Scientific memoirs by medical officers of the Army of India - Part XII,
Year: 1901
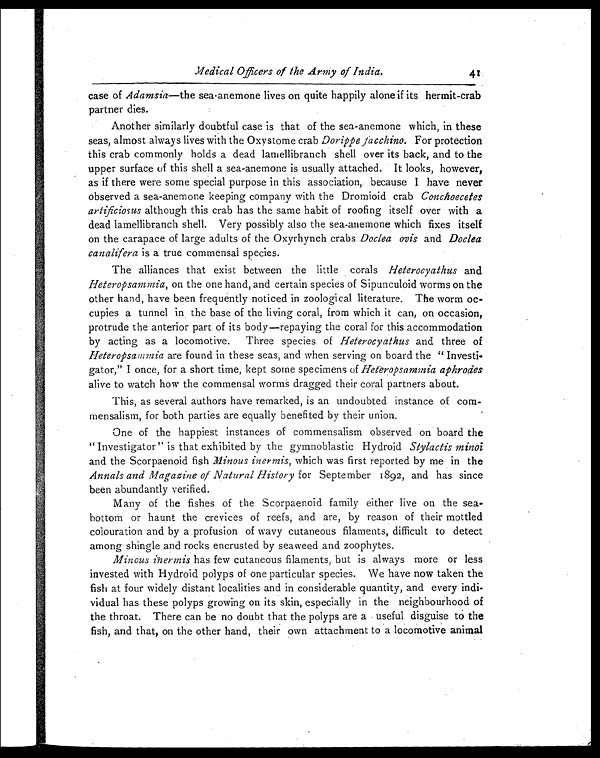
Medical Officers of the Army of India.
41
case of Adamsia—the sea-anemone lives on quite happily alone if its hermit-crab
partner dies.
Another similarly doubtful case is that of the sea-anemone which, in these
seas, almost always lives with the Oxystome crab Dorippe jacchino. For protection
this crab commonly holds a dead lamellibranch shell over its back, and to the
upper surface of this shell a sea-anemone is usually attached. It looks, however,
as if there were some special purpose in this association, because I have never
observed a sea-anemone keeping company with the Dromioid crab Conchoecetes
artificiosus although this crab has the same habit of roofing itself over with a
dead lamellibranch shell. Very possibly also the sea-anemone which fixes itself
on the carapace of large adults of the Oxyrhynch crabs Doclea ovis and Doclea
canalifera is a true commensal species.
The alliances that exist between the little corals Heterocyathus and
Heteropsammia, on the one hand, and certain species of Sipunculoid worms on the
other hand, have been frequently noticed in zoological literature. The worm oc-
cupies a tunnel in the base of the living coral, from which it can, on occasion,
protrude the anterior part of its body—repaying the coral for this accommodation
by acting as a locomotive. Three species of Heterocyathus and three of
Heteropsammia are found in these seas, and when serving on board the " Investi-
gator," I once, for a short time, kept some specimens of Heteropsammia aphroāes
alive to watch how the commensal worms dragged their coral partners about.
This, as several authors have remarked, is an undoubted instance of com-
mensalism, for both parties are equally benefited by their union.
One of the happiest instances of commensalism observed on board the
" Investigator" is that exhibited by the gymnoblastic Hydroid Stylactis minoi
and the Scorpaenoid fish Minous inermis, which was first reported by me in the
Annals and Magazine of Natural History for September 1892, and has since
been abundantly verified.
Many of the fishes of the Scorpaenoid family either live on the sea-
bottom or haunt the crevices of reefs, and are, by reason of their mottled
colouration and by a profusion of wavy cutaneous filaments, difficult to detect
among shingle and rocks encrusted by seaweed and zoophytes.
Minous inermis has few cutaneous filaments, but is always more or less
invested with Hydroid polyps of one particular species. We have now taken the
fish at four widely distant localities and in considerable quantity, and every indi-
vidual has these polyps growing on its skin, especially in the neighbourhood of
the throat. There can be no doubt that the polyps are a useful disguise to the
fish, and that, on the other hand, their own attachment to a locomotive animal